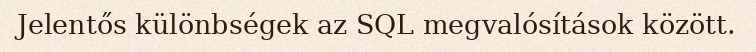
Jelentős különbségek az SQL megvalósítások között.